Scientific memoirs by medical officers of the Army of India - Part III,
Year: 1887
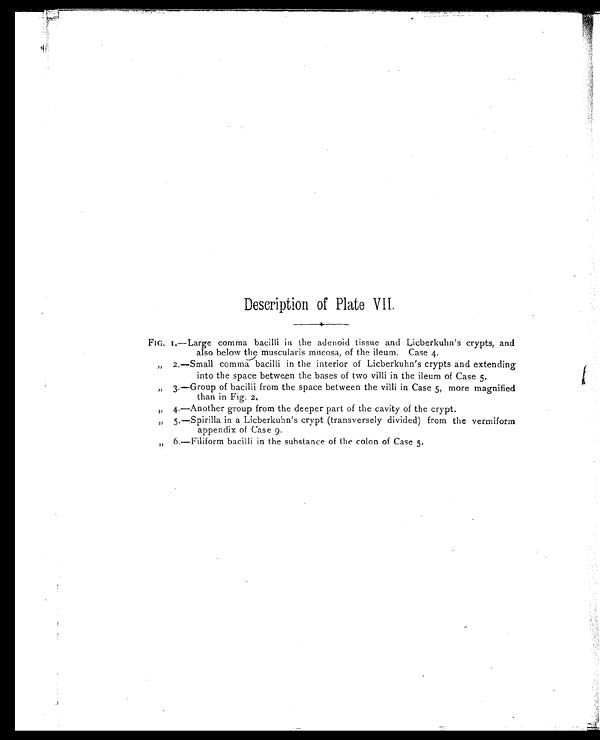
Description of Plate VII.
FIG. 1.—Large comma bacilli in the adenoid tissue and Licberkuhn's crypts, and
also below the muscularis mucosa, of the ileum. Case 4.
„ 2.—Small comma bacilli in the interior of Licberkuhn's crypts and extending
into the space between the bases of two villi in the ileum of Case K.
„ 3.—Group of bacilli from the space between the villi in Case 5, more magnified.
than in Fig. 2.
„ 4.—Another group from the deeper part of the cavity of the crypt.
„ 5.—Spirilla in a Licberkuhn's crypt (transversely divided) from the vermiform
appendix of Case 9.
„ 6.—Filiform bacilli in the substance of the colon of Case 5.